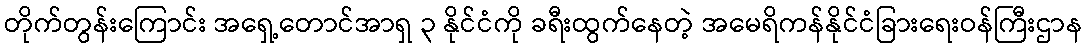
တိုက်တွန်းကြောင်း အရှေ့တောင်အာရှ ၃ နိုင်ငံကို ခရီးထွက်နေတဲ့ အမေရိကန်နိုင်ငံခြားရေးဝန်ကြီးဌာန